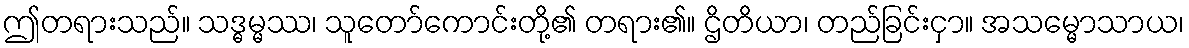
ဤတရားသည်။ သဒ္ဓမ္မဿ၊ သူတော်ကောင်းတို့၏ တရား၏။ ဌိတိယာ၊ တည်ခြင်းငှာ။ အသမ္မောသာယ၊